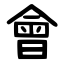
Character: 會